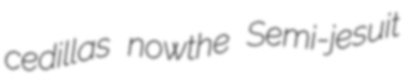
cedillas nowthe Semi-jesuit